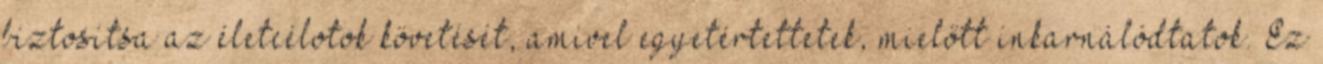
biztosítsa az életcélotok követését, amivel egyetértettetek, mielőtt inkarnálódtatok. Ez